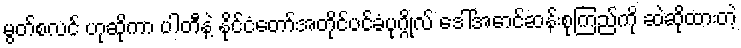
မွတ်စလင် ဟုဆိုကာ ပါတီနဲ့ နိုင်ငံတော်အတိုင်ပင်ခံပုဂ္ဂိုလ် ဒေါ်အောင်ဆန်းစုကြည်ကို ဆဲဆိုထားတဲ့